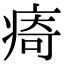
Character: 㾨